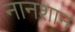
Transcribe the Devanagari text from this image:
नानशान